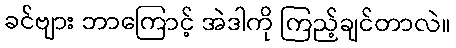
ခင်ဗျား ဘာကြောင့် အဲဒါကို ကြည့်ချင်တာလဲ။